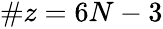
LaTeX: \begin{array}{r}{\# z=6N-3}\end{array}